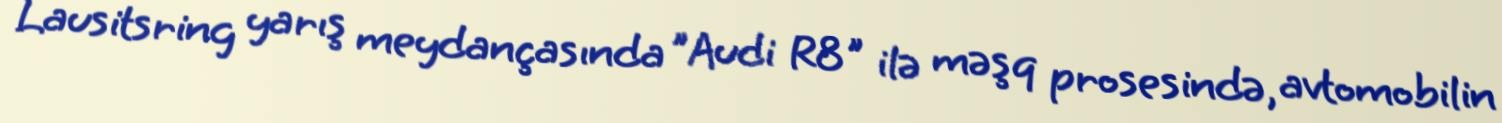
Lausitsring yarış meydançasında "Audi R8" ilə məşq prosesində, avtomobilin